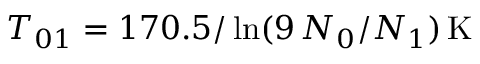
T _ { 0 1 } = 1 7 0 . 5 / \ln ( 9 \, N _ { 0 } / N _ { 1 } ) \, \mathrm { K }